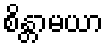
စိန္တာမယာ